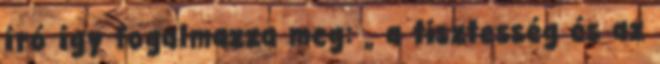
író így fogalmazza meg: „ a tisztesség és az